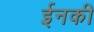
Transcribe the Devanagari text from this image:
ईनकी